Indian journal of veterinary science and animal husbandry - Volume 9,
Year: 1939
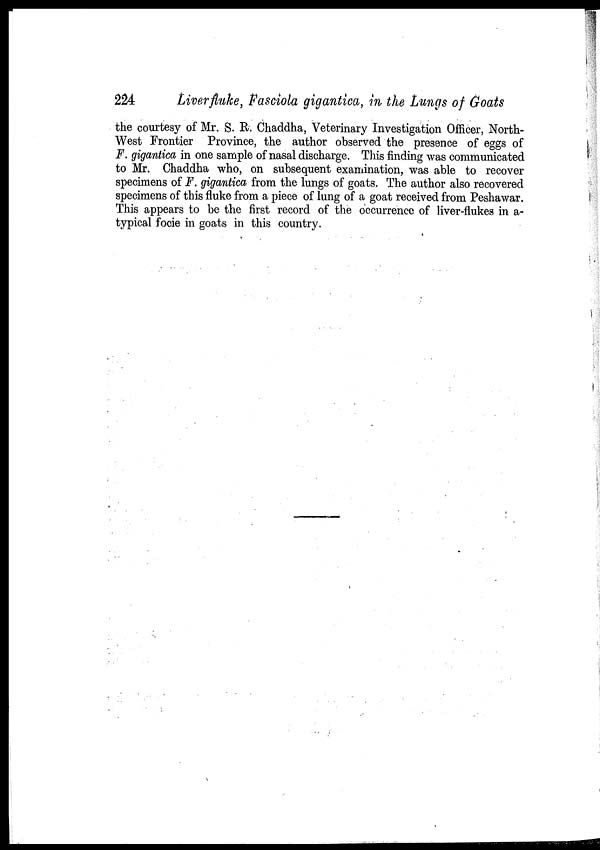
224
Liver fluke, Fasciola gigantica, in the Lungs of Goats
the courtesy of Mr. S. R. Chaddha, Veterinary Investigation Officer, North-
West Frontier Province, the author observed the presence of eggs of
F. gigantica in one sample of nasal discharge. This finding was communicated
to Mr. Chaddha who, on subsequent examination, was able to recover
specimens of F. gigantica from the lungs of goats. The author also recovered
specimens of this fluke from a piece of lung of a goat received from Peshawar.
This appears to be the first record of the occurrence of liver-flukes in a-
typical focie in goats in this country.